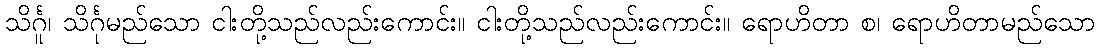
သိင်္ဂူ၊ သိင်္ဂုမည်သော ငါးတို့သည်လည်းကောင်း။ ငါးတို့သည်လည်းကောင်း။ ရောဟိတာ စ၊ ရောဟိတာမည်သော